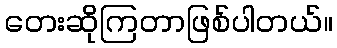
တေးဆိုကြတာဖြစ်ပါတယ်။